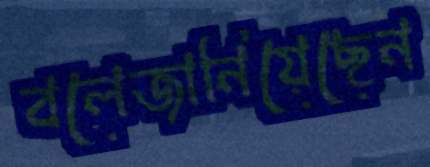
বলেজানিয়েছেন